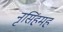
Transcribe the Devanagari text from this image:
नृसिंहमहं